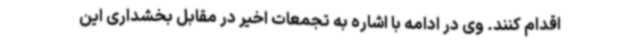
اقدام کنند. وی در ادامه با اشاره به تجمعات اخیر در مقابل بخشداری این